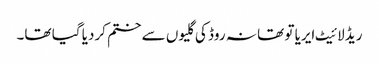
ریڈ لائیٹ ایریا تو تھا نہ روڈ کی گلیوں سے ختم کردیا گیا تھا۔